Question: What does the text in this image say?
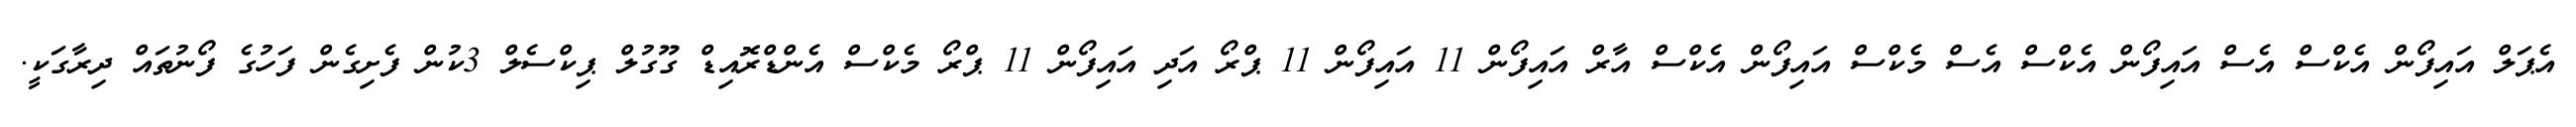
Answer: އެޕަލް އައިފޯން އެކްސް އެސް އައިފޯން އެކްސް އެސް މެކްސް އައިފޯން އެކްސް އާރް އައިފޯން 11 އައިފޯން 11 ޕްރޯ އަދި އައިފޯން 11 ޕްރޯ މެކްސް އެންޑްރޮއިޑް ގޫގުލް ޕިކްސެލް 3ކުން ފެށިގެން ފަހުގެ ފޯނުތައް ދިރާގަކީ.